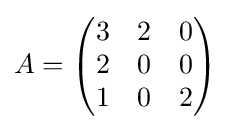
A={\begin{pmatrix}3&2&0\\2&0&0\\1&0&2\end{pmatrix}}